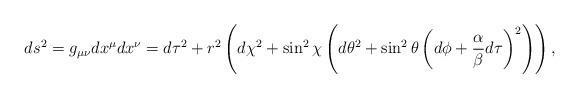
LaTeX: \begin{align*}ds^2=g_{\mu\nu}dx^\mu dx^\nu=d\tau^2 + r^2\left(d\chi^2 + \sin^2\chi\left(d\theta^2 +\sin^2\theta\left(d\phi+ {\alpha\over\beta}d\tau\right)^2\right)\right)\space,\end{align*}